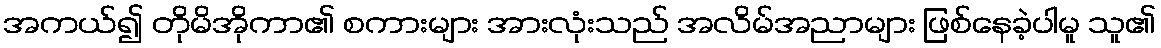
အကယ်၍ တိုမိအိုကာ၏ စကားများ အားလုံးသည် အလိမ်အညာများ ဖြစ်နေခဲ့ပါမူ သူ၏